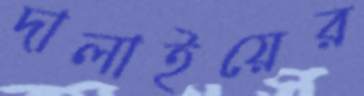
দালাইয়ের